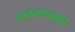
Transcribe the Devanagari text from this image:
उच्चकारबन